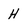
Character: H